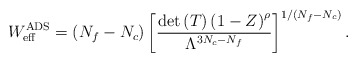
\begin{align*}W_{\rm eff}^{\rm ADS}=(N_f-N_c) \left[\frac{{\rm det}\left(T\right)\left(1-Z\right)^\rho}{\Lambda^{3N_c-N_f}} \right] ^{1/(N_f-N_c)}.\end{align*}